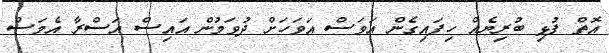
އޮތް ފުޅި ބުރިޔެއް ހިފައިގެން އަވަސް އަވަހަށް ދުވަމުން އައިސް އަސްރާ އެމަސް